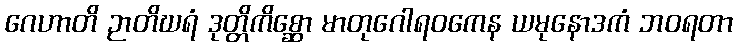
ဂေဟာတိ ဉာတိဃရံ ဒုတ္တိကိစ္ဆော မာတုဂေါရဝကေန ယမုနောဒကံ ဘဝရတာ